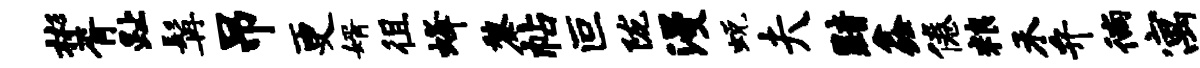
彬胥趾髯吊更婿徂蜂黎帖叵陇漫蜕夫黯鑫倦粮禾弁徜寓